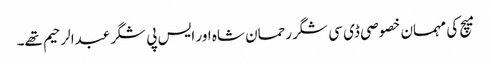
میچ کی مہمان خصوصی ڈی سی شگر رحمان شاہ اور ایس پی شگرعبدالرحیم تھے۔